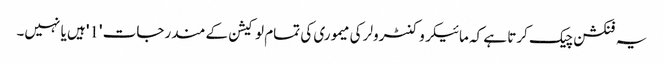
یہ فنکشن چیک کرتا ہے کہ مائیکروکنٹرولر کی میموری کی تمام لوکیشن کے مندرجات '1' ہیں یا نہیں۔